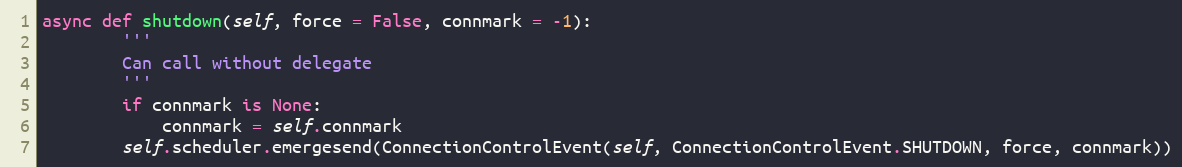
Language: Python
async def shutdown(self, force = False, connmark = -1):
        '''
        Can call without delegate
        '''
        if connmark is None:
            connmark = self.connmark
        self.scheduler.emergesend(ConnectionControlEvent(self, ConnectionControlEvent.SHUTDOWN, force, connmark))